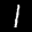
Label: 1